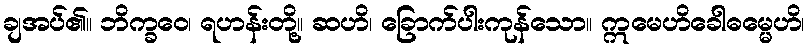
ချအပ်၏။ ဘိက္ခဝေ၊ ရဟန်းတို့။ ဆဟိ၊ ခြောက်ပါးကုန်သော။ ဣမေဟိခေါဓမ္မေဟိ၊